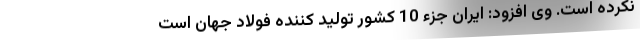
نکرده است. وی افزود: ایران جزء 10 کشور تولید کننده فولاد جهان است